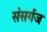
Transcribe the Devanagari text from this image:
संसर्गज